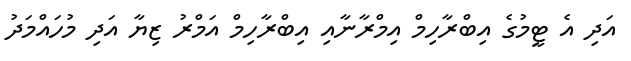
އަދި އެ ޓީމުގެ އިބްރާހިމް އިމްރާނާއި އިބްރާހިމް އަމްރު ޒިޔާ އަދި މުހައްމަދު